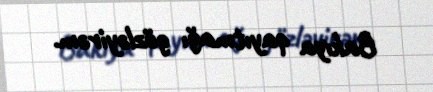
Bakıya qayıtmağı gözləyirəm.